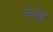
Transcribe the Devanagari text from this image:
लुख